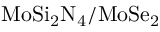
\mathrm { M o S i _ { 2 } N _ { 4 } / M o S e _ { 2 } }